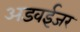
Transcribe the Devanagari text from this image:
अडवईजर